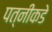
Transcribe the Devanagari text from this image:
पत्नीकडे